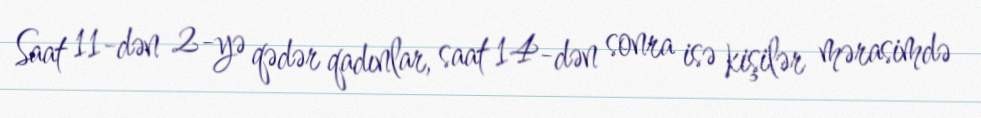
Saat 11-dən 2-yə qədər qadınlar, saat 14-dən sonra isə kişilər mərasimdə